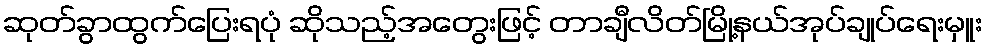
ဆုတ်ခွာထွက်ပြေးရပုံ ဆိုသည့်အတွေးဖြင့် တာချီလိတ်မြို့နယ်အုပ်ချုပ်ရေးမှူး